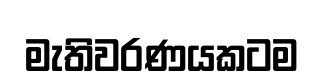
මැතිවරණයකටම